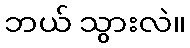
ဘယ် သွားလဲ။